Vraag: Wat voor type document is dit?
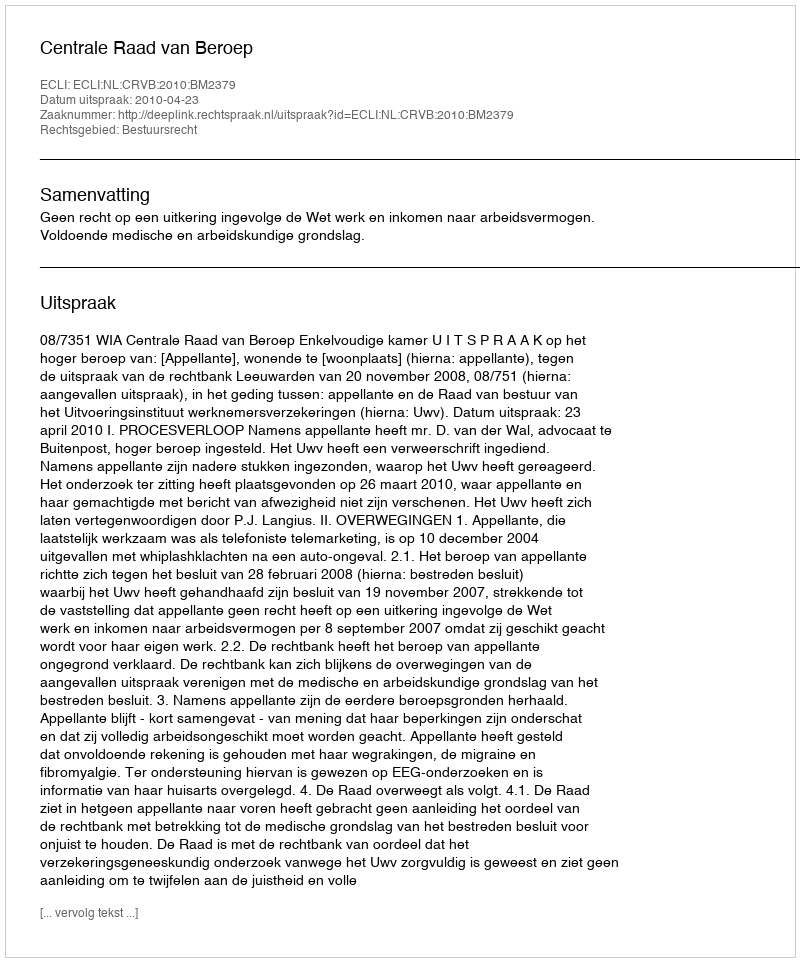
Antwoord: Uitspraak